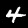
Digit: 4